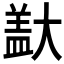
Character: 𪥞